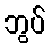
ဘွပ်